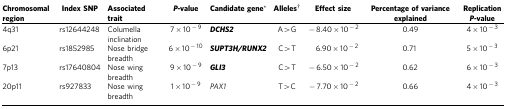
<table><thead><tr><td><b>Chromosomal region</b></td><td><b>Index SNP</b></td><td><b>Associated trait</b></td><td><b><i>P-</i>value</b></td><td><b>Candidate gene*</b></td><td><b>Alleles†</b></td><td><b>Effect size</b></td><td><b>Percentage of variance explained</b></td><td><b>Replication<i>P-</i>value</b></td></tr></thead><tbody><tr><td>4q31</td><td>rs12644248</td><td>Columella inclination</td><td>7 × 10<sup>−9</sup></td><td><i><b>DCHS2</b></i></td><td>A&gt;G</td><td>−8.40 × 10<sup>−2</sup></td><td>0.49</td><td>4 × 10<sup>−3</sup></td></tr><tr><td>6p21</td><td>rs1852985</td><td>Nose bridge breadth</td><td>6 × 10<sup>−10</sup></td><td><i><b>SUPT3H/RUNX2</b></i></td><td>C&gt;T</td><td>6.90 × 10<sup>−2</sup></td><td>0.71</td><td>5 × 10<sup>−3</sup></td></tr><tr><td>7p13</td><td>rs17640804</td><td>Nose wing breadth</td><td>9 × 10<sup>−9</sup></td><td><i><b>GLI3</b></i></td><td>C&gt;T</td><td>−6.50 × 10<sup>−2</sup></td><td>0.62</td><td>6 × 10<sup>−3</sup></td></tr><tr><td>20p11</td><td>rs927833</td><td>Nose wing breadth</td><td>1 × 10<sup>−9</sup></td><td><i>PAX1</i></td><td>T&gt;C</td><td>−7.70 × 10<sup>−2</sup></td><td>0.66</td><td>4 × 10<sup>−3</sup></td></tr></tbody></table>